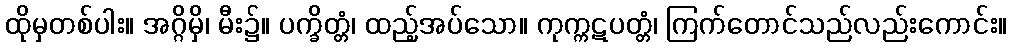
ထိုမှတစ်ပါး။ အဂ္ဂိမှိ၊ မီး၌။ ပက္ခိတ္တံ၊ ထည့်အပ်သော။ ကုက္ကဋပတ္တံ၊ ကြက်တောင်သည်လည်းကောင်း။